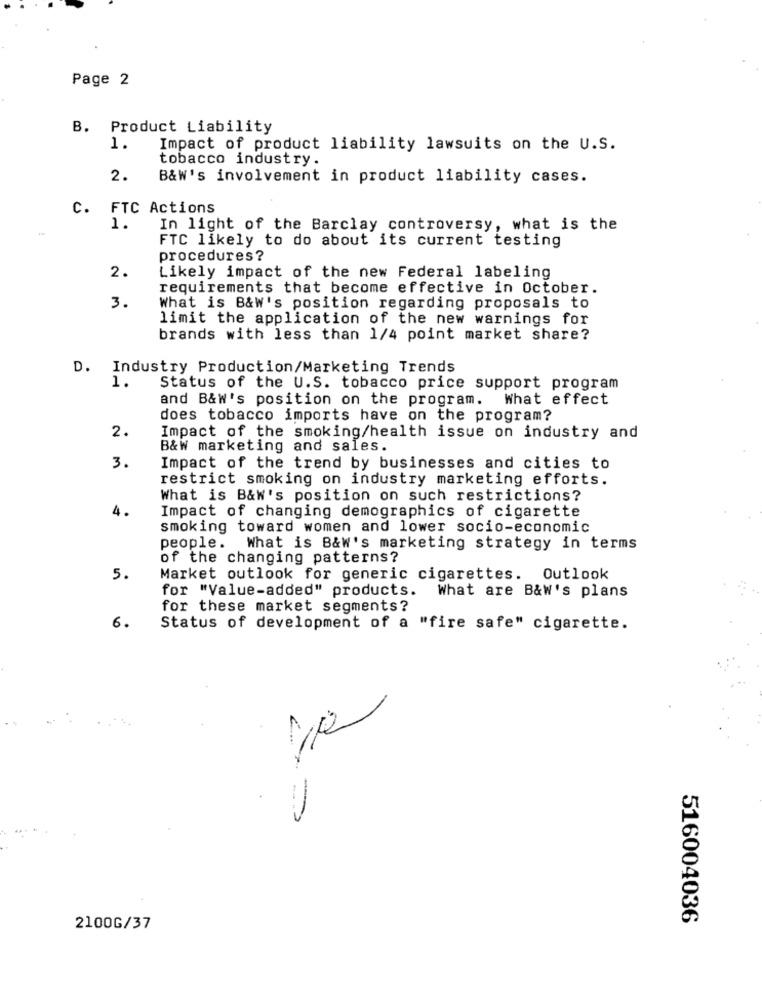
Page 2
B. Product Liability
1.
Impact of product liability lawsuits on the U.S.
tobacco industry.
2.
B&W's involvement in product liability cases.
C. FTC Actions
1.
In light of the Barclay controversy, what is the
FTC likely to do about its current testing
procedures?
2.
Likely impact of the new Federal labeling
requirements that become effective in October.
3.
What is B&W's position regarding proposals to
limit the application of the new warnings for
brands with less than 1/4 point market share?
D. Industry Production/Marketing Trends
1.
Status of the U.S. tobacco price support program
and B&W's position on the program. What effect
does tobacco imports have on the program?
2.
Impact of the smoking/health issue on industry and
B&W marketing and sales.
3.
Impact of the trend by businesses and cities to
restrict smoking on industry marketing efforts.
What is B&w's position on such restrictions?
4.
Impact of changing demographics of cigarette
smoking toward women and lower socio-economic
people. What is B&W's marketing strategy in terms
of the changing patterns?
5.
Market outlook for generic cigarettes. Outlook
for "Value-added" products.
What are B&W's plans
for these market segments?
6.
Status of development of a "fire safe" cigarette.
516004036
2100G/37